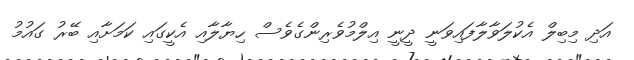
އަދި މިބިލް އެކުލަވާލާފައިވަނީ ދީނީ އިލްމުވެރިންގެވެސް ހިޔާލާއި އެކީގައި ކަމަށާއި ބޭރު ގައުމު